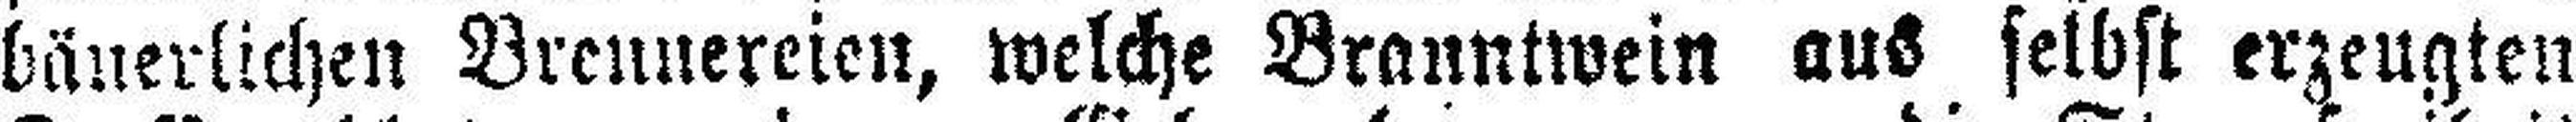
bäuerlichen Brennereien, welche Branntwein aus selbst erzeugten